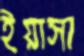
ইয়াসা